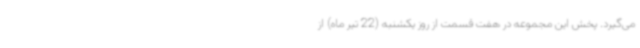
می‌گیرد. پخش این مجموعه در هفت قسمت از روز یکشنبه (22 تیر ماه) از